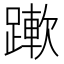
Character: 𨅄